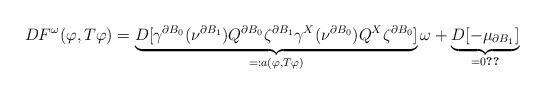
LaTeX: \begin{align*}DF^{\omega}(\varphi,T\varphi)=\underbrace{D[\gamma^{\partial B_0}(\nu^{\partial B_1})Q^{\partial B_0}\zeta^{\partial B_1}\gamma^{X}(\nu^{\partial B_0})Q^{X}\zeta^{\partial B_0}]}_{=:a(\varphi,T\varphi)}\omega+\underbrace{D[-\mu_{\partial B_1}]}_{=0\ref{D0}}\end{align*}